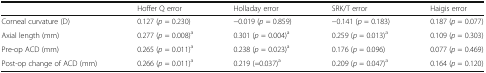
<table><thead><tr><td></td><td><b>Hoffer Q error</b></td><td><b>Holladay error</b></td><td><b>SRK/T error</b></td><td><b>Haigis error</b></td></tr></thead><tbody><tr><td>Corneal curvature (D)</td><td>0.127 (<i>p</i> = 0.230)</td><td>−0.019 (<i>p</i> = 0.859)</td><td>−0.141 (<i>p</i> = 0.183)</td><td>0.187 (<i>p</i> = 0.077)</td></tr><tr><td>Axial length (mm)</td><td>0.277 (<i>p</i> = 0.008)<sup>a</sup></td><td>0.301 (<i>p</i> = 0.004)<sup>a</sup></td><td>0.259 (<i>p</i> = 0.013)<sup>a</sup></td><td>0.109 (<i>p</i> = 0.303)</td></tr><tr><td>Pre-op ACD (mm)</td><td>0.265 (<i>p</i> = 0.011)<sup>a</sup></td><td>0.238 (<i>p</i> = 0.023)<sup>a</sup></td><td>0.176 (<i>p</i> = 0.096)</td><td>0.077 (<i>p</i> = 0.469)</td></tr><tr><td>Post-op change of ACD (mm)</td><td>0.266 (<i>p</i> = 0.011)<sup>a</sup></td><td>0.219 (=0.037)<sup>a</sup></td><td>0.209 (<i>p</i> = 0.047)<sup>a</sup></td><td>0.164 (<i>p</i> = 0.120)</td></tr></tbody></table>